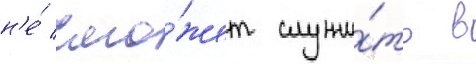
н'е́ смо́жет служи́ть в